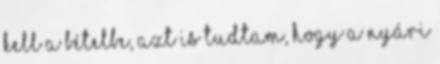
kell a Bételbe, azt is tudtam, hogy a nyári